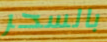
بالسحر